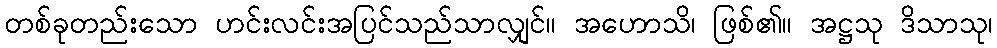
တစ်ခုတည်းသော ဟင်းလင်းအပြင်သည်သာလျှင်။ အဟောသိ၊ ဖြစ်၏။ အဋ္ဌသု ဒိသာသု၊